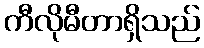
ကီလိုမီတာရှိသည်